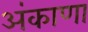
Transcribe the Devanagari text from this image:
अंकाणा